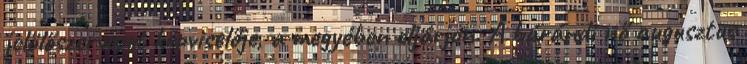
jelölőszervezet képviselője, a megyében eljárjon. A bárándi nő augusztus